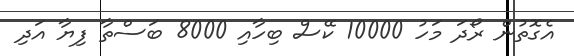
އެގޮތުން ރޯދަ މަހު 10000 ކޭސް ބިހާއި 8000 ބަސްތާ ފިޔާ އަދި